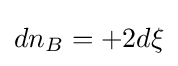
dn_{B}=+2d\xi